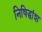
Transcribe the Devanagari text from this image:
निषिद्धांश